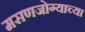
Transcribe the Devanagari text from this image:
मसणजोग्याच्या